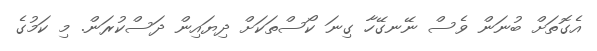
އެގޮތަށް ބުނަން ވެސް ނޭނގޭހާ ގިނަ ކޯސްތަކަށް ދިޔައިން ދަސްކުރަން. މި ކަމުގެ